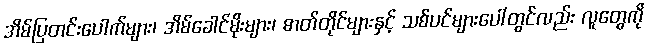
အိမ်ပြတင်းပေါက်များ၊ အိမ်ခေါင်မိုးများ၊ ဓာတ်တိုင်များနှင့် သစ်ပင်များပေါ်တွင်လည်း လူတွေကို